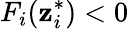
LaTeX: F_{i}(\mathbf{z}_{i}^{*})<0